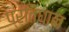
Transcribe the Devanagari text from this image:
प्रतिधान